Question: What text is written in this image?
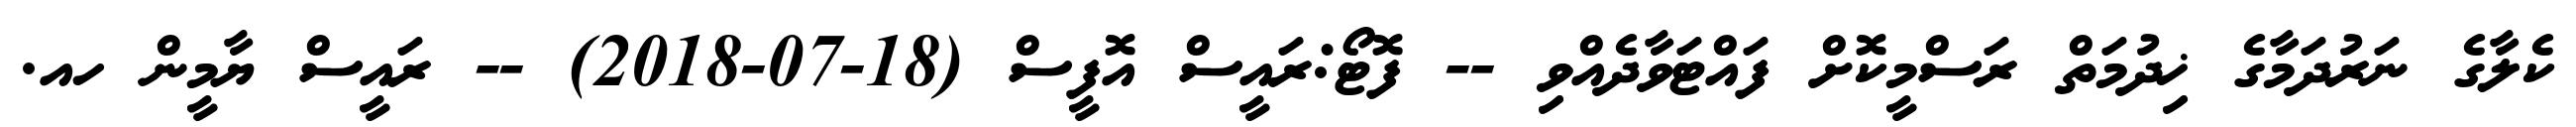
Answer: ކެލާގެ ނަރުދަމާގެ ޚިދުމަތް ރަސްމީކޮށް ފައްޓަވާދެއްވި -- ފޮޓޯ:ރައީސް އޮފީސް (18-07-2018) -- ރައީސް ޔާމީން ހއ.